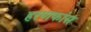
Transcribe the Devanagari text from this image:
हरणफांस